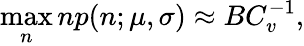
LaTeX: \operatorname*{max}_{n}np(n;\mu,\sigma)\approx BC_{v}^{-1},